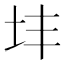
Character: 𪢽